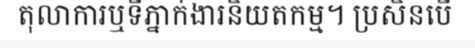
តុលាការឬទីភ្នាក់ងារនិយតកម្ម។ ប្រសិនបើ